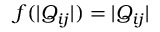
f ( | Q _ { i j } | ) = | Q _ { i j } |